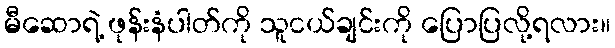
မီဆောရဲ့ ဖုန်းနံပါတ်ကို သူငယ်ချင်းကို ပြောပြလို့ရလား။